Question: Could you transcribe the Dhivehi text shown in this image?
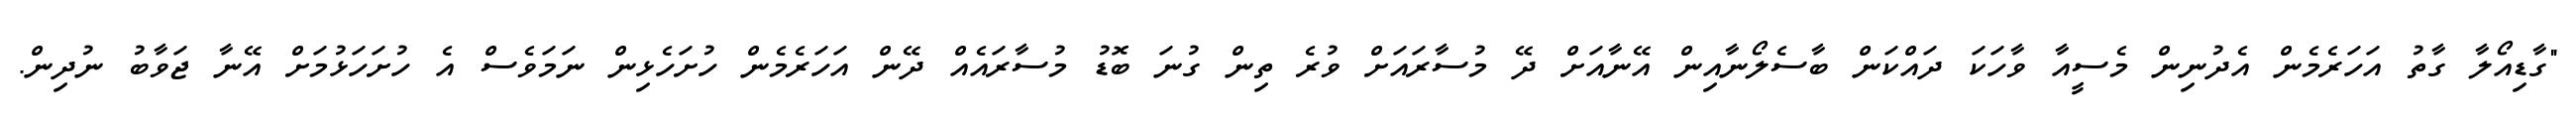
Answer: "ގާޑިއޯލާ ގާތު އަހަރެމެން އެދުނިން މެސީއާ ވާހަކަ ދައްކަން ބާސެލޯނާއިން އޭނާއަށް ދޭ މުސާރައަށް ވުރެ ތިން ގުނަ ބޮޑު މުސާރައެއް ދޭން އަހަރެމެން ހުށަހެޅިން ނަމަވެސް އެ ހުށަހަޅުމަށް އޭނާ ޖަވާބު ނުދިން.